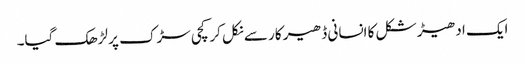
ایک ادھیڑ شکل کا انسانی ڈھیر کار سے نکل کر کچی سڑک پر لڑھک گیا۔